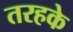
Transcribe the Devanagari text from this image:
तरहके